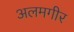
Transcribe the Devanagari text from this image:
अलमगीर